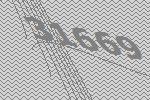
31669